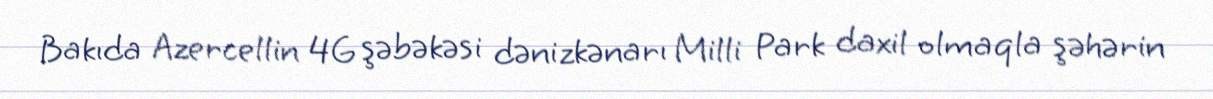
Bakıda Azercellin 4G şəbəkəsi dənizkənarı Milli Park daxil olmaqla şəhərin